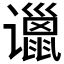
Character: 𲂗